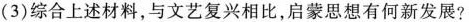
（3）综合上述材料，与文艺复兴相比，启蒙思想有何新发展？